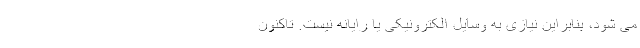
می شود، بنابراین نیازی به وسایل الکترونیکی یا رایانه نیست. تاکنون